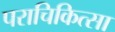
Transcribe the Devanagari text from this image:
पराचिकित्सा